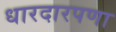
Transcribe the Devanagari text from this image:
धारदारपणा